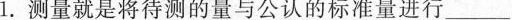
1.测量就是将待测的量与公认的标准量进行_-